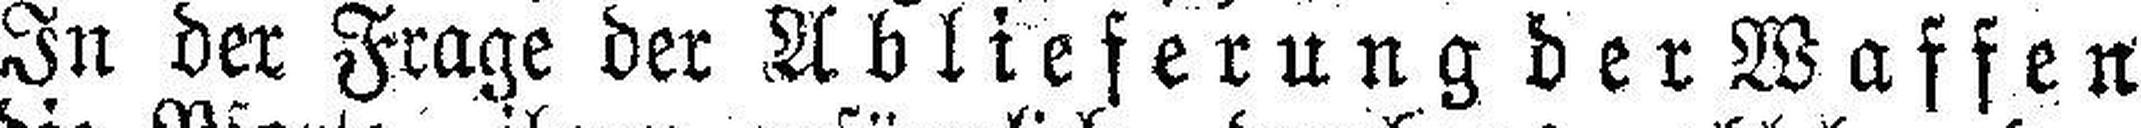
In der Frage der Ablieferung der Waffen